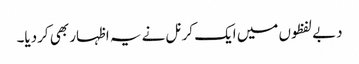
دبے لفظوں میں ایک کرنل نے یہ اظہار بھی کردیا۔